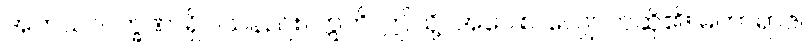
အဘယ်လက္ခဏာရှိပါသနည်း။ ဣတိ၊ ဤသို့။ အဝေါစ၊ လျှောက်ဆို၏။ မဟာရာဇ၊